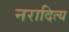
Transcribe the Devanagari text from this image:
नरादित्य